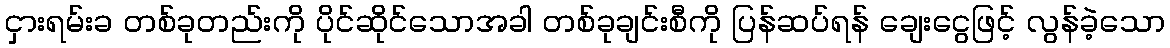
ငှားရမ်းခ တစ်ခုတည်းကို ပိုင်ဆိုင်သောအခါ တစ်ခုချင်းစီကို ပြန်ဆပ်ရန် ချေးငွေဖြင့် လွန်ခဲ့သော